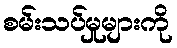
စမ်းသပ်မှုများကို